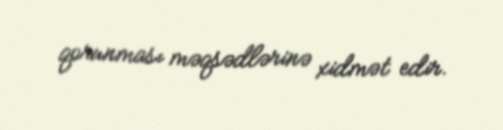
qorunması məqsədlərinə xidmət edir.